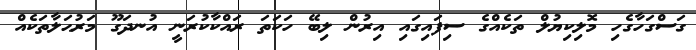
ގަސްގަހާގެހި މޮލިކިޔުލް ތަކެއްގެ ސިފައިގައި އިރުން ލިބޭ ހަކަތަ ރައްކާކުރަނީ އުނދަގޫ މަރުޙަލާތަކެއް